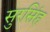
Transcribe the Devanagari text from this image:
सुरसिंह